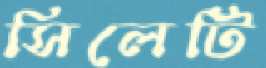
সিলেটি